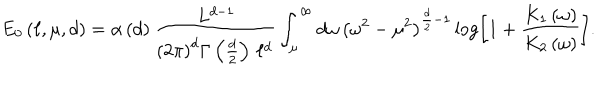
E _ { 0 } \left( \ell , \mu , d \right) = \alpha \left( d \right) \frac { \, L ^ { d - 1 } } { \left( 2 \pi \right) ^ { d } \Gamma \left( \frac { d } { 2 } \right) \, \ell ^ { d } } \int _ { \mu } ^ { \infty } d \omega \, \left( \omega ^ { 2 } - \mu ^ { 2 } \right) ^ { \frac { d } { 2 } - 1 } \log \left[ 1 + \frac { K _ { 1 } \left( \omega \right) } { K _ { 2 } \left( \omega \right) } \right] .